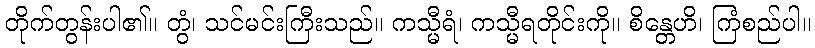
တိုက်တွန်းပါ၏။ တွံ၊ သင်မင်းကြီးသည်။ ကသ္မီရံ၊ ကသ္မီရတိုင်းကို။ စိန္တေဟိ၊ ကြံစည်ပါ။